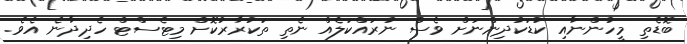
ބޮޑެތި މީހުންނާއި ކުޑަކުދިންނަށް ވެސް ނުރައްކަލެއް ނެތި ތަކުރާރުކޮށް މިޓެސްޓް ހެދިދާނެ އެވެ.